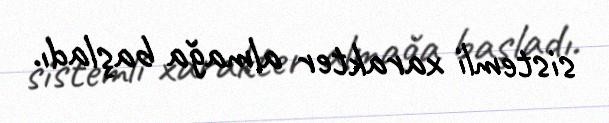
sistemli xarakter almağa başladı.